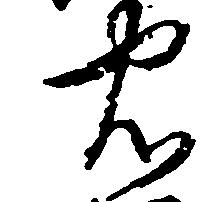
忠